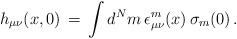
LaTeX: \begin{align*}h_{\mu\nu}(x,0)\, = \,\int d^N m\, \epsilon_{\mu\nu}^m(x)\, \sigma_m(0)\,.\end{align*}